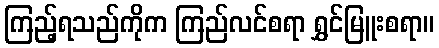
ကြည့်ရသည်ကိုက ကြည်လင်စရာ ရွှင်မြူးစရာ။